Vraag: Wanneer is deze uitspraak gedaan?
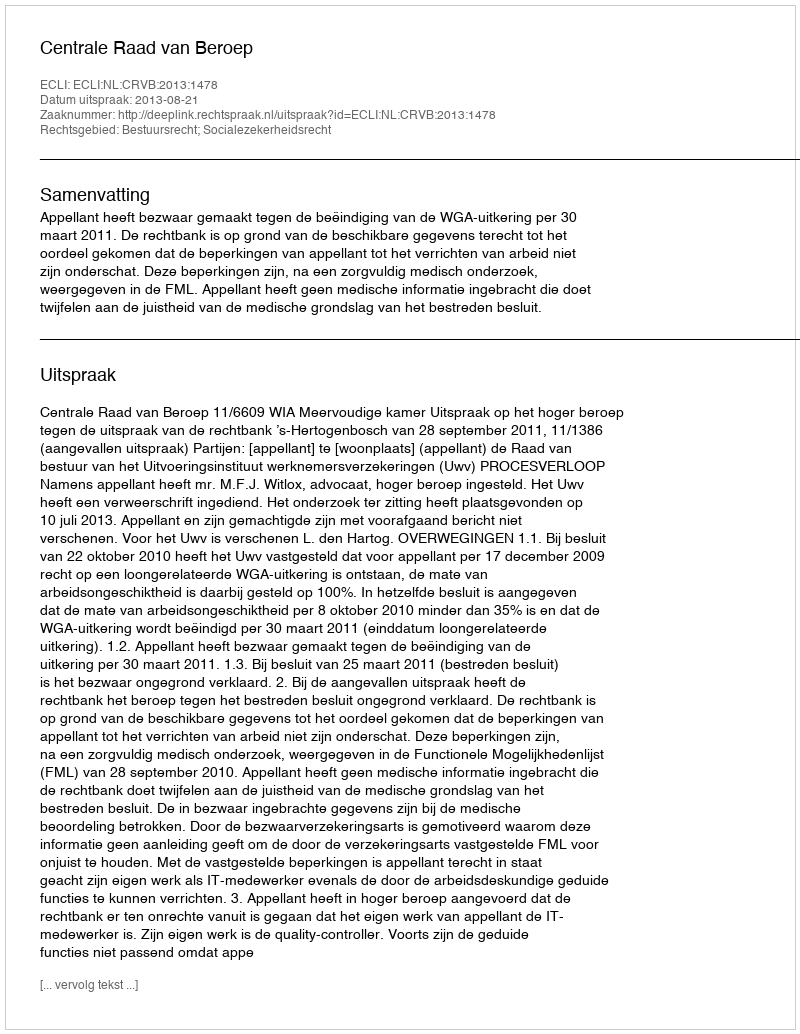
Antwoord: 2013-08-21